Annual report on the health of the army in India
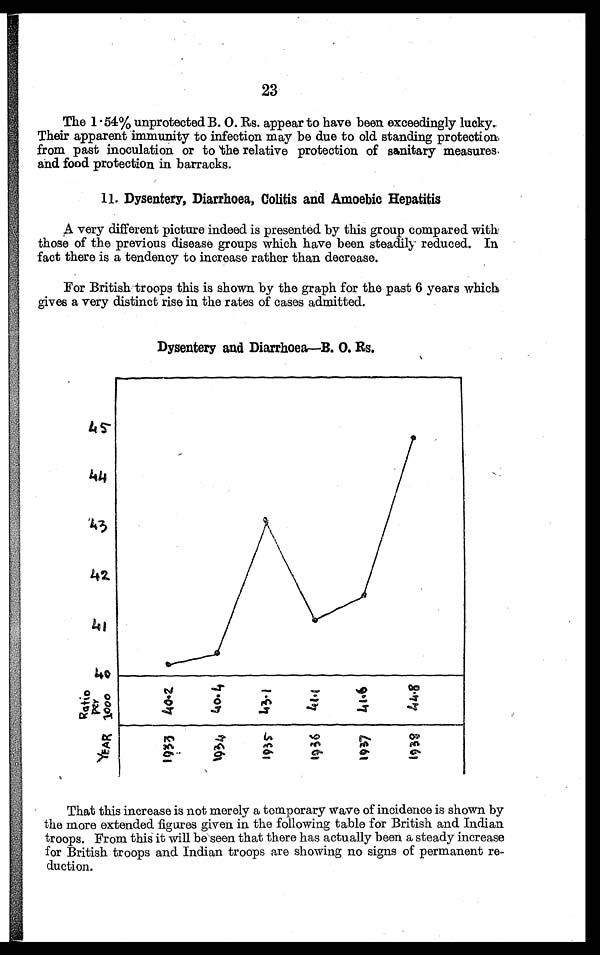
23
The 1 . 54% unprotected B. 0. Rs. appear to have been exceedingly lucky.
Their apparent immunity to infection may be due to old standing protection,
from past inoculation or to the relative protection of sanitary measures,
and food protection in barracks.
11. Dysentery, Diarrhoea, Colitis and Amoebic Hepatitis
A very different picture indeed is presented by this group compared with
those of the previous disease groups which have been steadily reduced. In
fact there is a tendency to increase rather than decrease.
For British troops this is shown by the graph for the past 6 years which
gives a very distinct rise in the rates of cases admitted.
Dysentery and Diarrhoea—B. O. RS.
Ra t i o p e r 1 0 0 0
YEAR
That this increase is not merely a temporary wave of incidence is shown by
the more extended figures given in the following table for British and Indian
troops. From this it will be seen that there has actually been a steady increase
for British troops and Indian troops are showing no signs of permanent re-
duction.